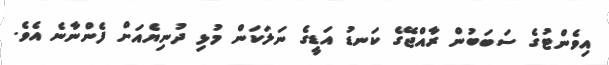
އިވެންޓުގެ ސަބަބުން ރާއްޖޭގެ ކަނޑު އަޑީގެ ނަލަކަން މުޅި ދުނިޔެއަށް ފެންނާނެ އެވެ.